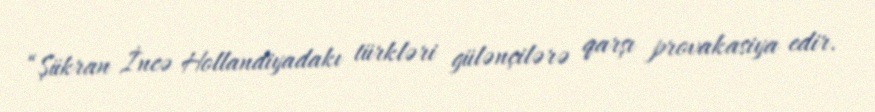
“Şükran İncə Hollandiyadakı türkləri gülənçilərə qarşı provakasiya edir.